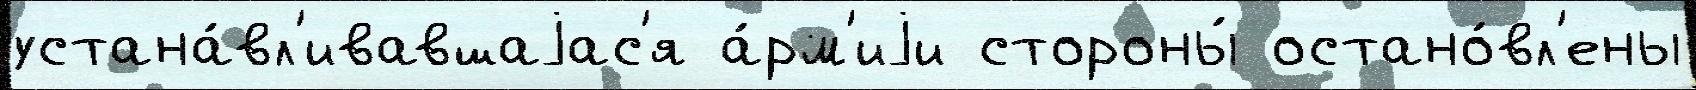
устана́вл'ивавшаjас'я а́рм'иjи стороны́ остано́вл'ены